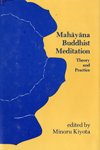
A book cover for Mahayana Buddhist Meditation: Theory and Practice; Religion & Spirituality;